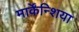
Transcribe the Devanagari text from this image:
मार्केंन्शिया